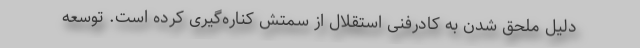
دلیل ملحق شدن به کادرفنی استقلال از سمتش کناره‌گیری کرده است. توسعه